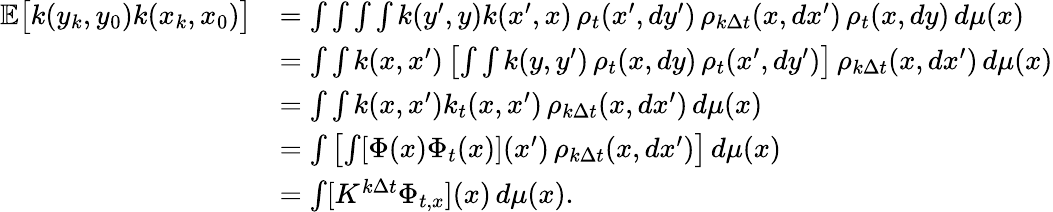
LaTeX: \begin{array}{rl}{\mathbb E\big[k(y_{k},y_{0})k(x_{k},x_{0})\big]}&{=\int\int\int\int k(y^{\prime},y)k(x^{\prime},x)\, \rho_{t}(x^{\prime},dy^{\prime})\, \rho_{k\Delta t}(x,dx^{\prime})\, \rho_{t}(x,dy)\, d\mu(x)}\\ &{=\int\int k(x,x^{\prime})\left[\int\int k(y,y^{\prime})\, \rho_{t}(x,dy)\, \rho_{t}(x^{\prime},dy^{\prime})\right]\, \rho_{k\Delta t}(x,dx^{\prime})\, d\mu(x)}\\ &{=\int\int k(x,x^{\prime})k_{t}(x,x^{\prime})\, \rho_{k\Delta t}(x,dx^{\prime})\, d\mu(x)}\\ &{=\int\left[\int[\Phi(x)\Phi_{t}(x)](x^{\prime})\, \rho_{k\Delta t}(x,dx^{\prime})\right]\, d\mu(x)}\\ &{=\int[K^{k\Delta t}\Phi_{t,x}](x)\, d\mu(x).}\end{array}